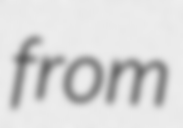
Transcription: from